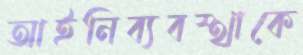
আইনিব্যবস্থাকে